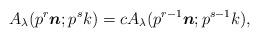
LaTeX: \begin{align*} A_{\lambda} (p^r \boldsymbol{n}; p^s k) = c A_{\lambda} (p^{r - 1} \boldsymbol{n}; p^{s - 1} k), \end{align*}